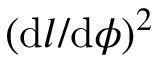
( \mathrm { d } l / \mathrm { d } \phi ) ^ { 2 }